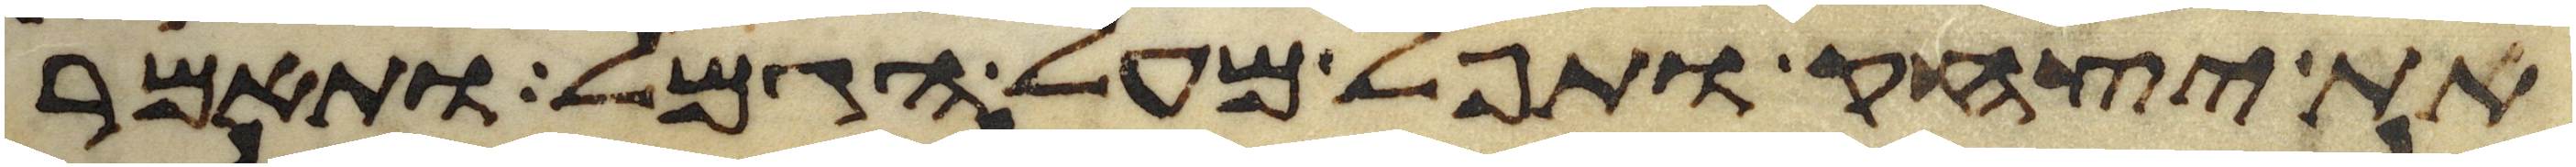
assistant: את יצחק ותפל מעל הגמל ותאמר